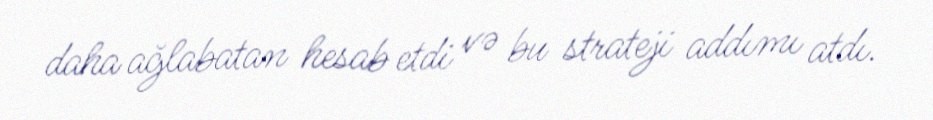
daha ağlabatan hesab etdi və bu strateji addımı atdı.